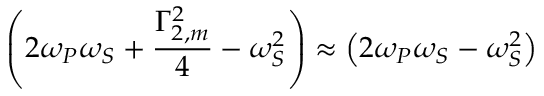
\left( 2 \omega _ { P } \omega _ { S } + \frac { \Gamma _ { 2 , m } ^ { 2 } } { 4 } - \omega _ { S } ^ { 2 } \right) \approx \left( 2 \omega _ { P } \omega _ { S } - \omega _ { S } ^ { 2 } \right)